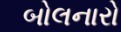
બોલનારો